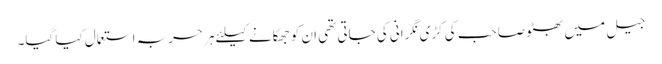
جیل میں بھٹو صاحب کی کڑی نگرانی کی جاتی تھی ان کو جھکانے کیلئے ہر حربہ استعمال کیا گیا۔